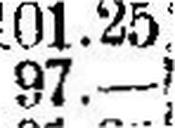
97.—